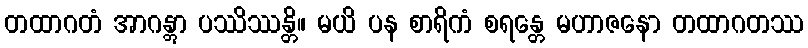
တထာဂတံ အာဂန္တွာ ပဿိဿန္တိ။ မယိ ပန စာရိကံ စရန္တေ မဟာဇနော တထာဂတဿ